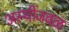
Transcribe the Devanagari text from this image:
अस्थींजवळ